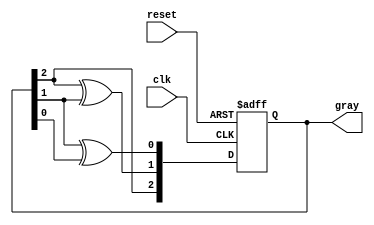
module gray_code_async_counter (
    input wire clk,          // Clock input
    input wire reset,        // Asynchronous reset input
    output reg [2:0] gray   // 3-bit Gray Code output
);

// Internal signals for the next state
reg [2:0] next_gray;

// Asynchronous reset and state transition logic
always @(posedge clk or posedge reset) begin
    if (reset) begin
        gray <= 3'b000; // Initialize to 0 in Gray Code
    end else begin
        gray <= next_gray; // Update state on clock edge
    end
end

// Combinational logic to determine the next state in Gray Code
always @(*) begin
    // Gray Code transition logic
    next_gray[2] = gray[2];        // MSB remains the same
    next_gray[1] = gray[2] ^ gray[1]; // Toggle second bit if MSB is 1
    next_gray[0] = gray[1] ^ gray[0]; // Toggle LSB if second bit changes
end

endmodule